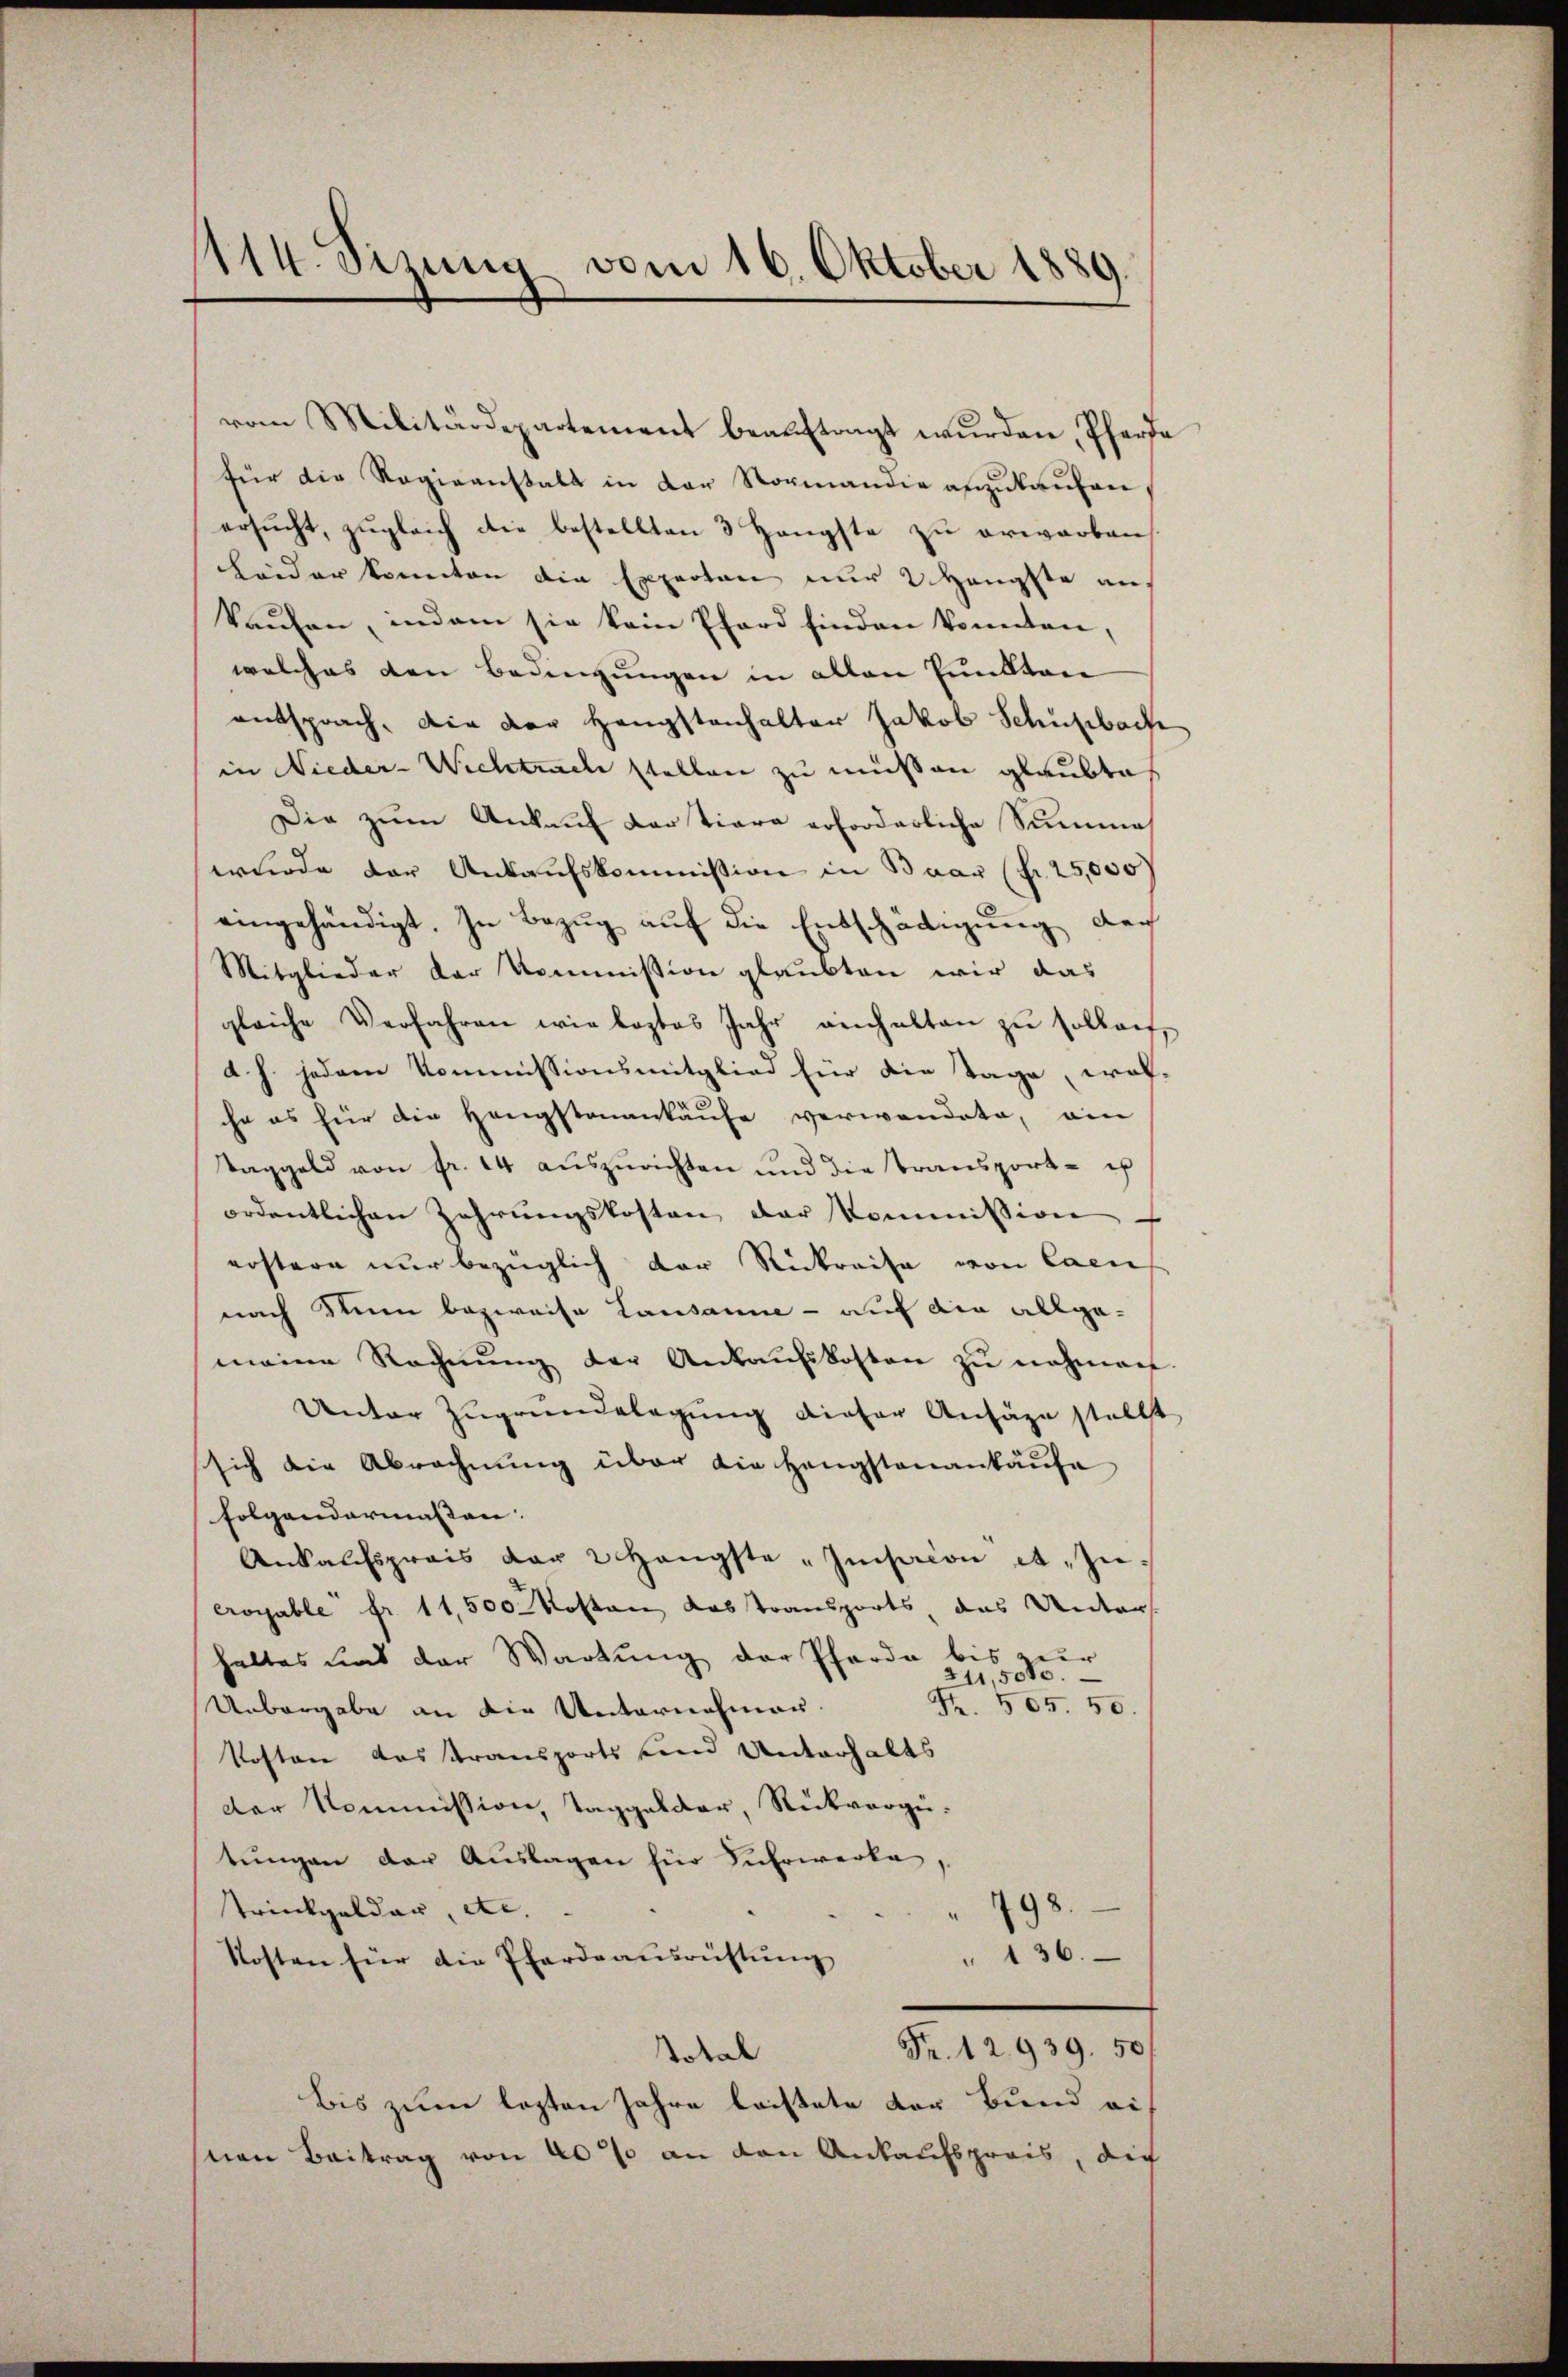
1114. Sizung vom 16. Oktober 1880
e

vom Militärdepartement beaŭftragt wŭrden, Pfarr
für die Regieanstalt in der Normandie anzukaufen
ersŭcht, zŭgleich die bestellten 3 Hengste zŭ erwarben,
Heider konnten die Experton nur 2 Hauptte auf
kaufen, indem sie kain Pferd finden konnten,
welches den Bedingungen in allen Punkten
entsprach. Die der Hengstenhalter Jakob Schulbach
in Nieder-Wichtrach stellen zu müßen glaubte
Die zum Ankauf Cartiera erforderliche Summe
wurde der Ankaufskommission in Baar (fr. 25,000
eingehändigt. In Bezug auf die Entschädigung doch
Mitglieder der Kommission glaubten wir das
gleiche Verfahren wie leztes Jahr ainhalten zŭ sollen,
d. h. jedem Kommissionsmitglied für die Tage, welhe es für die Hengstenankäufe verwendete, ain
Taggeld von fr. 14 aŭszŭrichten und die Transport- u
ordentlichen Zahrungskosten der Kommission
erstern nur bezüglich der Rückreise von Caen
nach Sinn bezweife Lausanne - auf die allge-
meine Rechnŭng der Ankaŭfskosten zŭ nehmen
Unter Zugrundelegung dieser Ansäge stellt
sich die Abrechnung über die Hengstenankäufe
folgendermaßen:
Ankaufspreis der 2 Hängste Insaion et. Zuerogable fr. 11,500 kosten Kasstransports, das Unter-
haltes und der Wartung der Pferde bis zur
211,5000.
Fr. 505. 50.
Unbergabe an die Unternehmer.
Kosten das transports und Unterhalts
der Kommission, Taggelder, Rückvergütungen der Auslagen für Fuhrwerke,
Trinkgelder, etc.
Kosten für die Pferdrausrüstŭng " 136.
Fr. 12939. 50
Total
bis zum lezten Jahre leistete der Bund auf
ven Beitrag von 40% an den Ankaufspreis, die